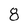
Character: 8